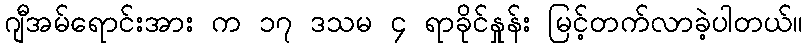
ဂျီအမ်ရောင်းအား က ၁၇ ဒသမ ၄ ရာခိုင်နှုန်း မြင့်တက်လာခဲ့ပါတယ်။